Annual report on the working of the lock hospitals in the North-Western Provinces and Oudh
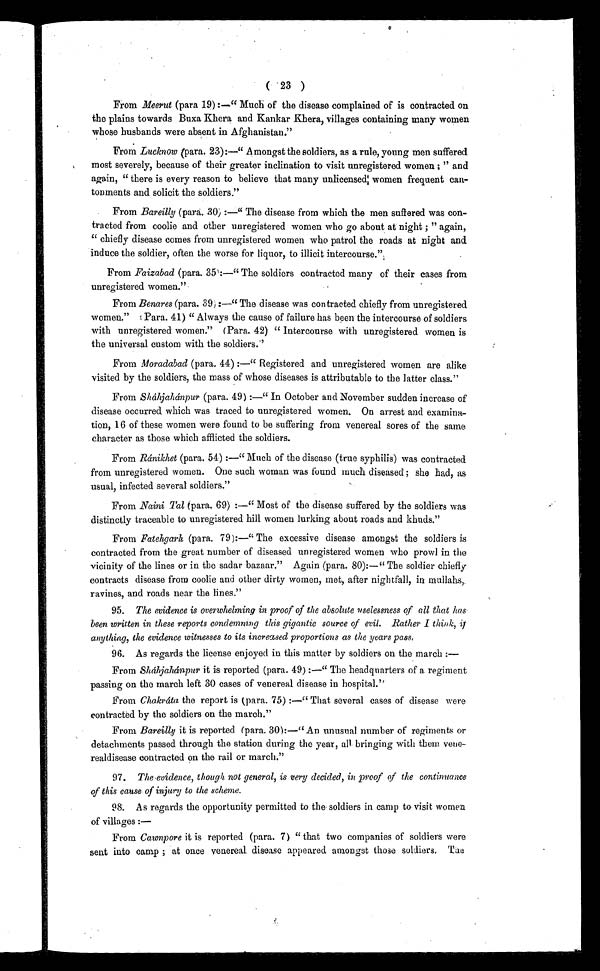
( 23 )
From Meerut (pars, 19) :—" Much of the disease complained of is contracted on
the plains towards Buxa Khera and Kankar Khera, villages containing many women
whose husbands were absent in Afghanistan."
From Lucknow (para. 23):—" Amongst the soldiers, as a rule, young men suffered
most severely, because of their greater inclination to visit unregistered women ; " and
again, " there is every reason to believe that many unlicensed: women frequent can-
tonments and solicit the soldiers."
From Bareilly (para. 30) :—" The disease from which the men suffered was con-
tracted from coolie and other unregistered women who go about at night ; " again,
" chiefly disease comes from unregistered women who patrol the roads at night and
induce the soldier, often the worse for liquor, to illicit intercourse.".
From Faizabad (para. 35):—" The soldiers contracted many of their cases from
unregistered women."
From Benares (para. 39) :—" The disease was contracted chiefly from unregistered
women." (Para. 41) " Always the cause of failure has been the intercourse of soldiers
with unregistered women." (Para. 42). " Intercourse with unregistered women is
the universal custom with the soldiers.''
From Moradabad (para. 44) :—" Registered and unregistered women are alike
visited by the soldiers, the mass of whose diseases is attributable to the latter class."
From Sháhjahánpur (para. 49) :—" In October and November sudden increase of
disease occurred which was traced to unregistered women. On arrest and examina-
tion, 16 of these women were found to be suffering from venereal sores of the same
character as those which afflicted the soldiers.
From Ránikhet (para. 54) :—" Much of the disease (true syphilis) was contracted
from unregistered women. One such woman was found much diseased; she had, as
usual, infected several soldiers."
From Naini Tal (para. 69) :—" Most of the disease suffered by the soldiers was
distinctly traceable to unregistered hill women lurking about roads and khuds."
From Fatehgarh (para. 79):—" The excessive disease amongst the soldiers is
contracted from the great number of diseased unregistered women who prowl in the
vicinity of the lines or in the sadar bazaar." Again (para. 80):—" The soldier chiefly
contracts disease from coolie and other dirty women, met, after nightfall, in mullahs,.
ravines, and roads near the lines."
95. The evidence is overwhelming in proof of the absolute uselessness of all that has
been written in these reports condemning this gigantic source of evil. Rather I think, if
anything, the evidence witnesses to its increased proportions as the years pass,
9 6 . A s r e g a r d s t h e l i c e n s e e n j o y e d i n t h i s m a t t e r b y s o l d i e r s o n t h e m a r c h : —
From Sháhjahánpur it is reported (para. 49) :—" The headquarters of a regiment
passing on the march left 30 cases of venereal disease in hospital."
From Chakráta the report is (para. 75) :—" That several cases of disease were
contracted by the soldiers on the march."
From Bareilly it is reported (para. 30):—" An unusual number of regiments or
detachments passed through the station during the year, all bringing with them vene-
realdisease contracted on the rail or march."
97.
The evidence, though not general, is very decided, in proof of the continuance
of this cause of injury to the scheme.
98. As regards the opportunity permitted to the soldiers in camp to visit women
of villages :—
From Cawnpore it is reported (para. 7) " that two companies of soldiers were
sent into camp ; at once venereal disease appeared amongst those soldiers. The